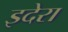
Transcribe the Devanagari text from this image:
इदेरा